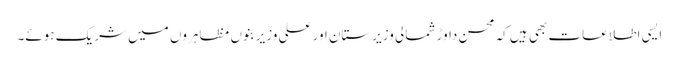
ایسی اطلاعات بھی ہیں کہ محسن داوڑ شمالی وزیرستان اور علی وزیر بنوں مظاہروں میں شریک ہوئے۔